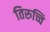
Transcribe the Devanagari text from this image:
तिरुच्चि